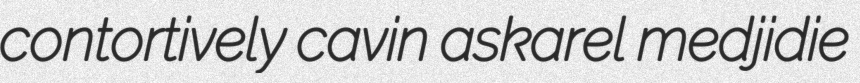
contortively cavin askarel medjidie